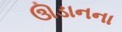
ઊડાનના